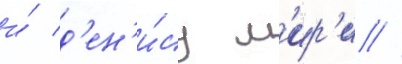
и́ д'ен'и́су л'ир'и //